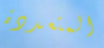
المتعددة